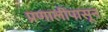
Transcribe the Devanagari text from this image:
प्रणालींपासून